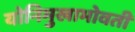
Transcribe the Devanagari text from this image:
योनिमुखाभोवती